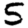
Digit: 5